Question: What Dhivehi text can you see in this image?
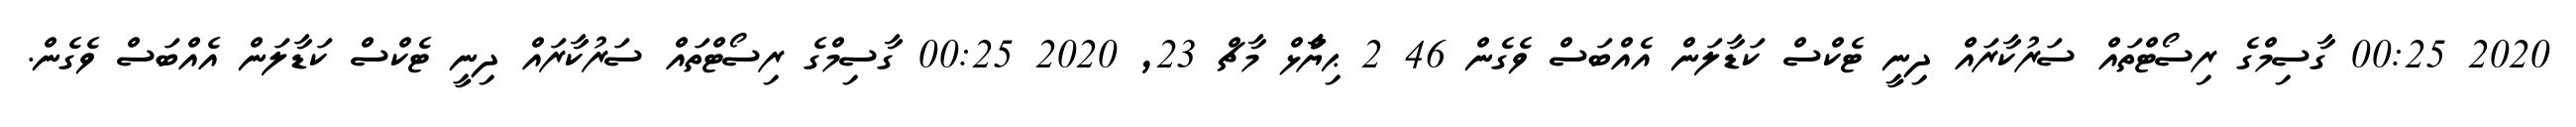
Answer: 2020 00:25 ގާސިމްގެ ރިސޯޓްތައް ސަރުކާރައް ދިނީ ޓެކްސް ކަޑާލަން އެއްބަސް ވެގެން 46 2 ޙިޔާާްްޅް މާޗް 23, 2020 00:25 ގާސިމްގެ ރިސޯޓްތައް ސަރުކާރައް ދިނީ ޓެކްސް ކަޑާލަން އެއްބަސް ވެގެން.